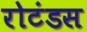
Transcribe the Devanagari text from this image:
रोटंडस